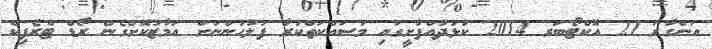
އަންގާރަ 21 އޮކްޓޯބަރ 2014 ކުޅުދުއްފުށީގައި މަސައްކަތްކުރާ ފުލުހުންނަށް އަމާޒުކޮށްގެން ރޯޑް ޓްރެފިކް